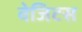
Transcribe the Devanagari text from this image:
वेजिटस